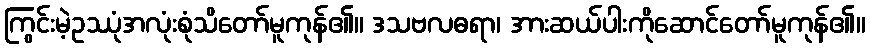
ကြွင်းမဲ့ဥဿုံအလုံးစုံသိတော်မူကုန်၏။ ဒသဗလဓရာ၊ အားဆယ်ပါးကိုဆောင်တော်မူကုန်၏။